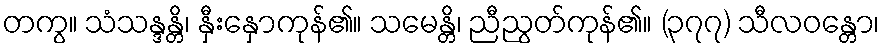
တကွ။ သံသန္ဒန္တိ၊ နှီးနှောကုန်၏။ သမေန္တိ၊ ညီညွတ်ကုန်၏။ (၃၇၇) သီလဝန္တော၊